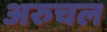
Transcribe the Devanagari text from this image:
अरुचल